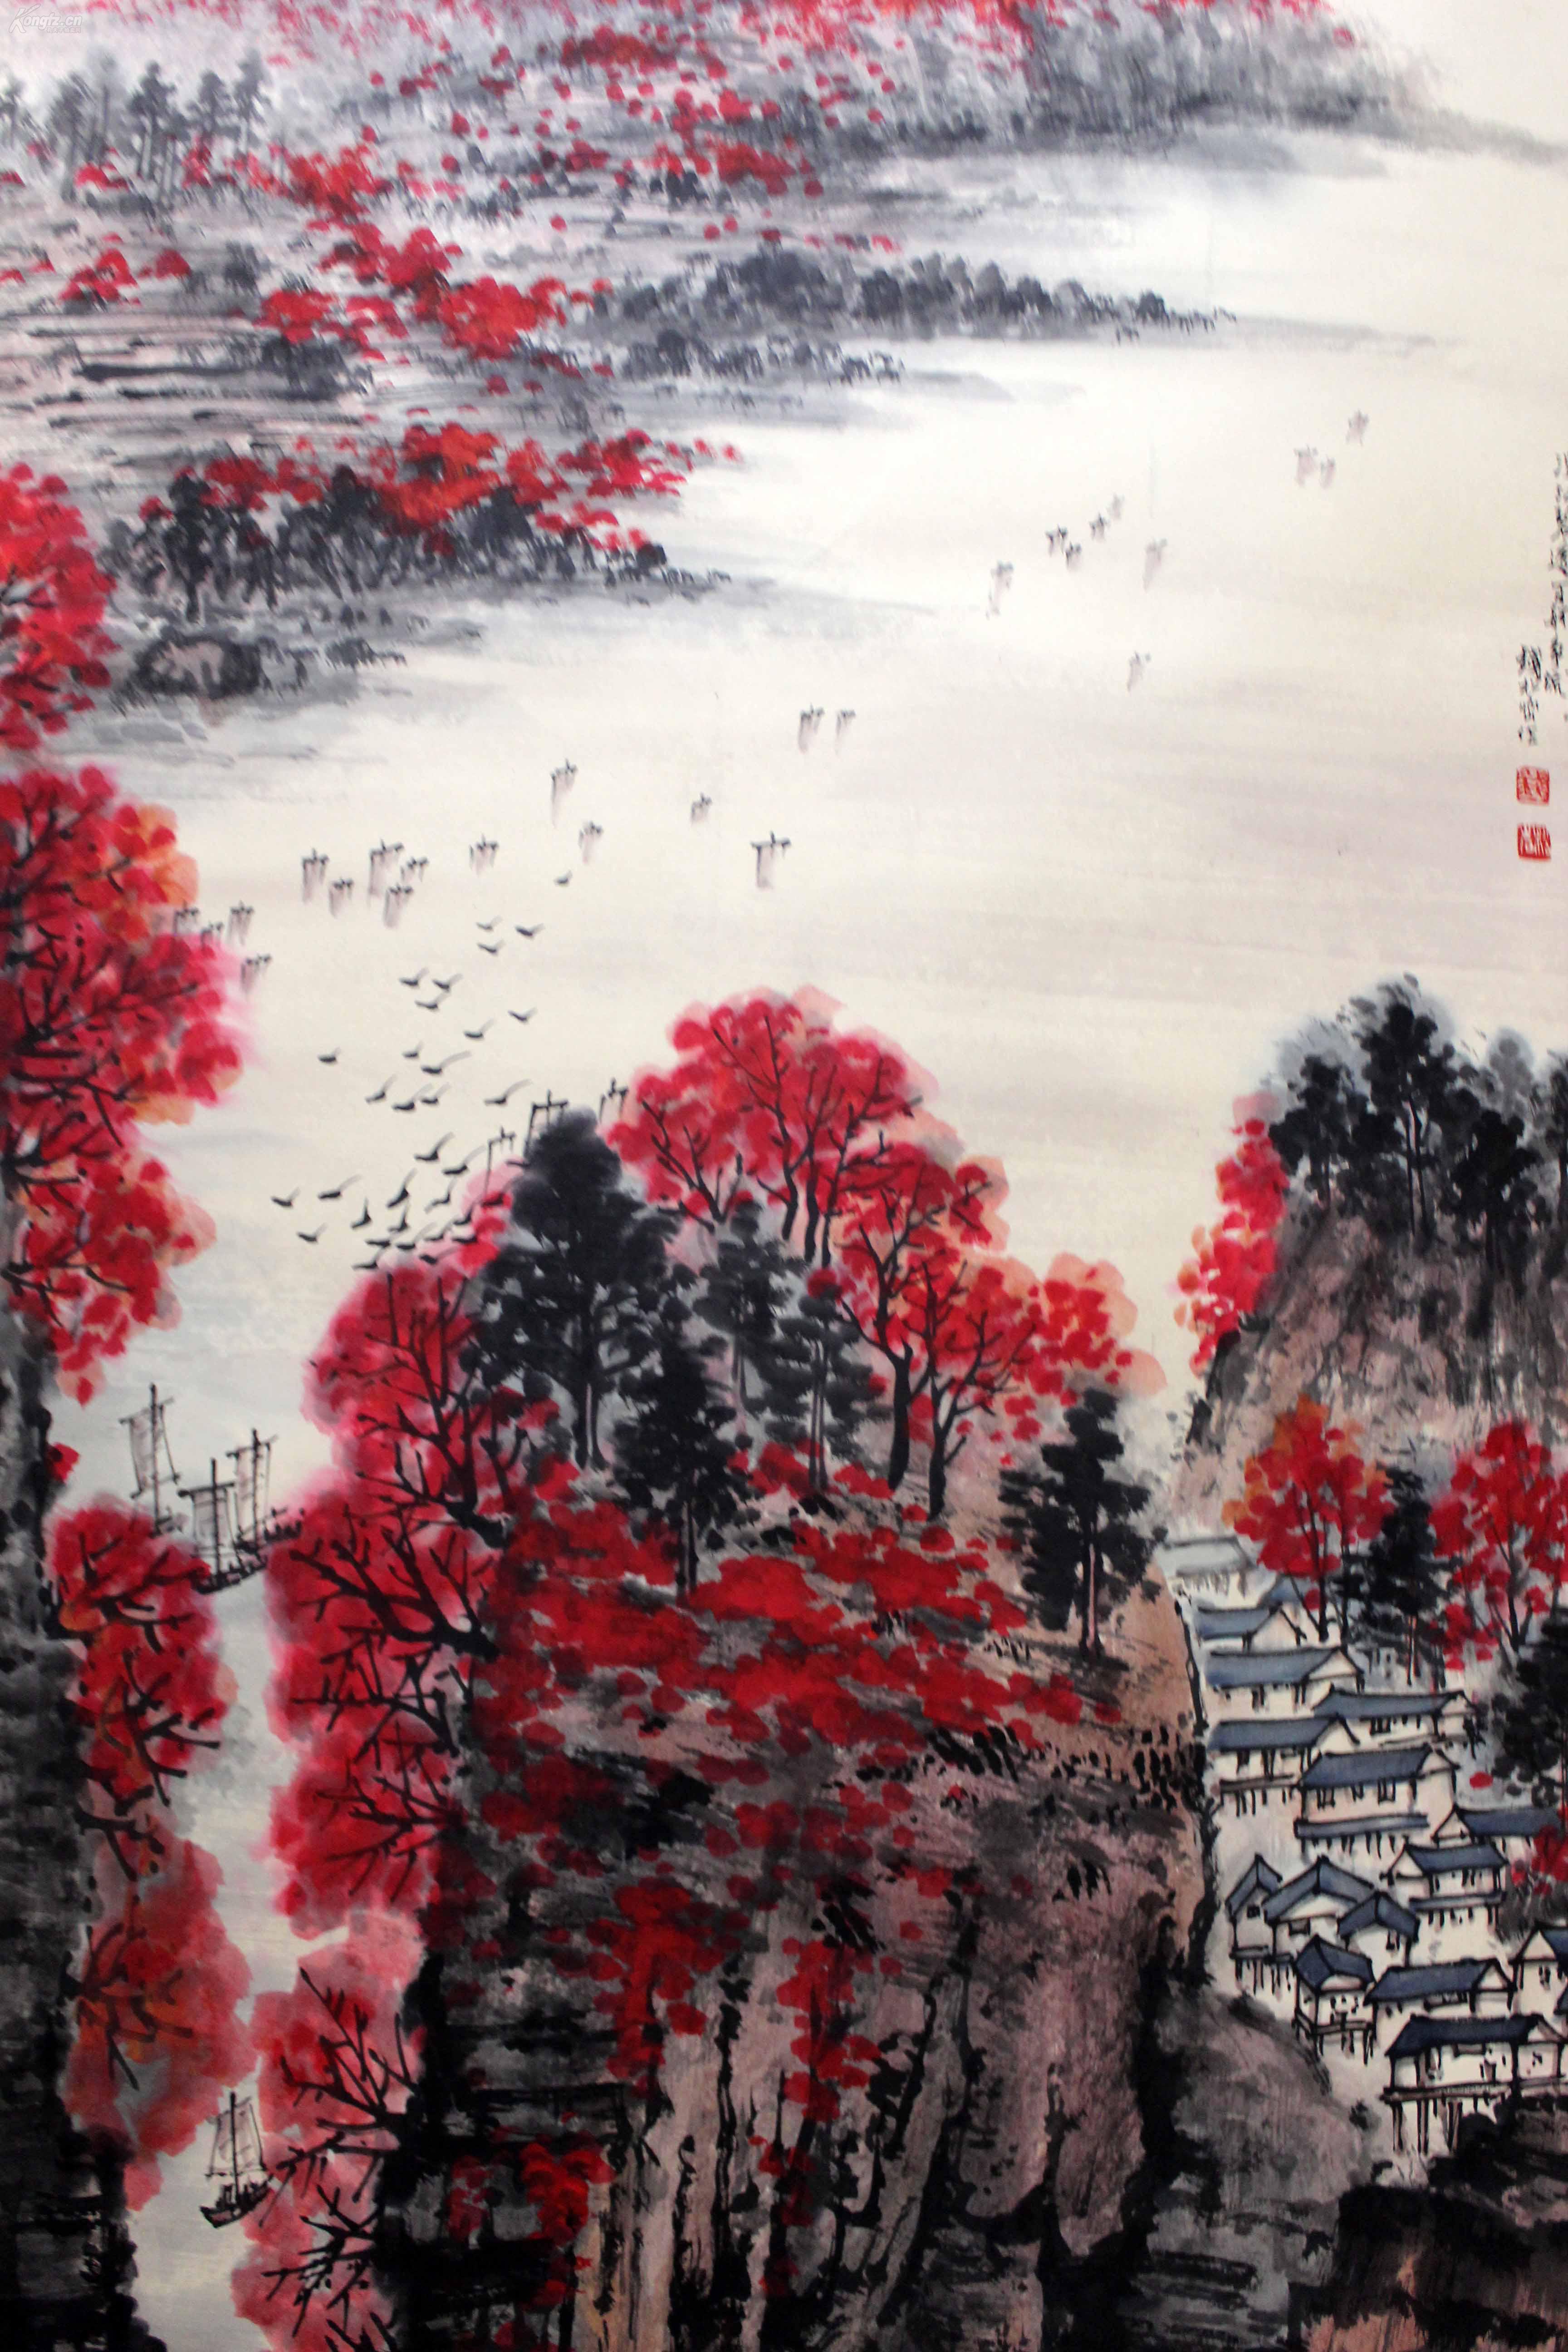
看万山红遍，层林尽染漫江碧透，百舸争流。